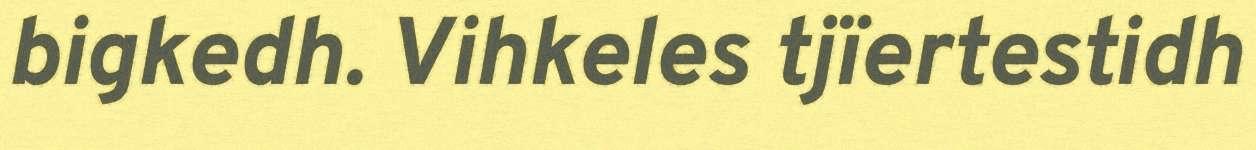
bigkedh. Vihkeles tjïertestidh